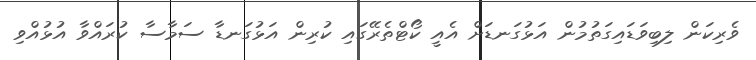
ވެރިކަން ލިބިވަޑައިގަތުމުން އަޅުގަނޑަށް އެއީ ކޯޓްތެރޭގައި ކުރިން އަޅުގަނޑާ ސަމާސާ ކުރައްވާ އުޅުއްވި